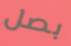
بصل